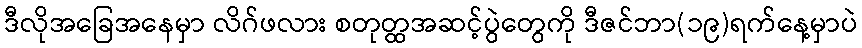
ဒီလိုအခြေအနေမှာ လိဂ်ဖလား စတုတ္ထအဆင့်ပွဲတွေကို ဒီဇင်ဘာ(၁၉)ရက်နေ့မှာပဲ